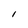
Character: I